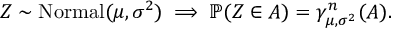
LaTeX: Z \sim \operatorname { N o r m a l } ( \mu , \sigma ^ { 2 } ) \implies \mathbb { P } ( Z \in A ) = \gamma _ { \mu , \sigma ^ { 2 } } ^ { n } ( A ) .